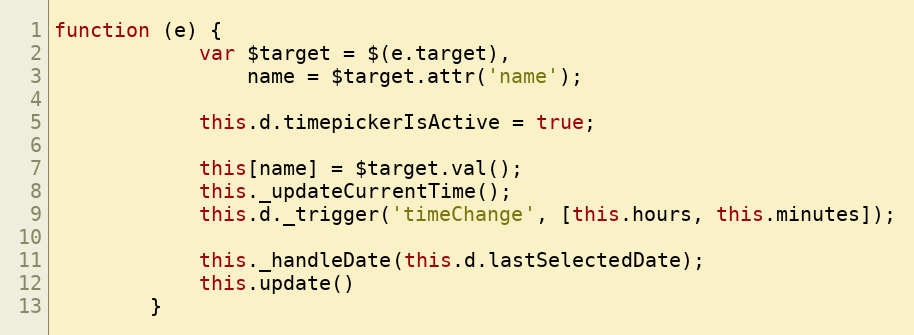
Language: JavaScript
function (e) {
            var $target = $(e.target),
                name = $target.attr('name');

            this.d.timepickerIsActive = true;

            this[name] = $target.val();
            this._updateCurrentTime();
            this.d._trigger('timeChange', [this.hours, this.minutes]);

            this._handleDate(this.d.lastSelectedDate);
            this.update()
        }